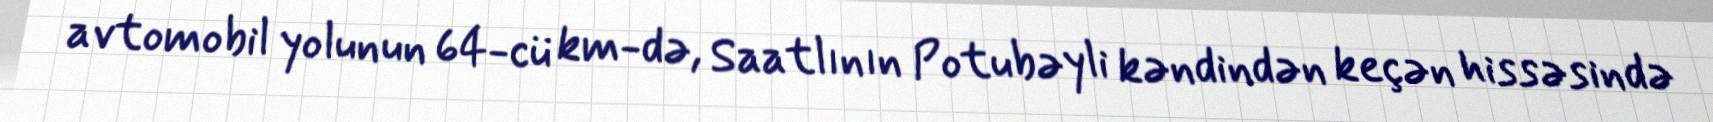
avtomobil yolunun 64-cü km-də, Saatlının Potubəyli kəndindən keçən hissəsində